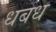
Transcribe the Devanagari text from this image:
धबध